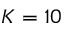
K = 1 0